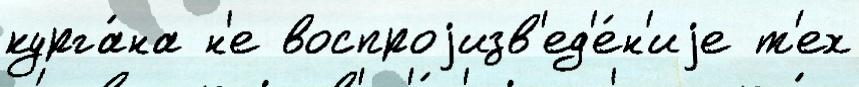
курга́на н'е воспроjизв'ед'е́н'иjе т'ех